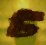
টি